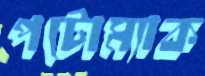
পটোম্যাক